Report on the cultivation of protesoma, Labbé, in grey mosquitoes
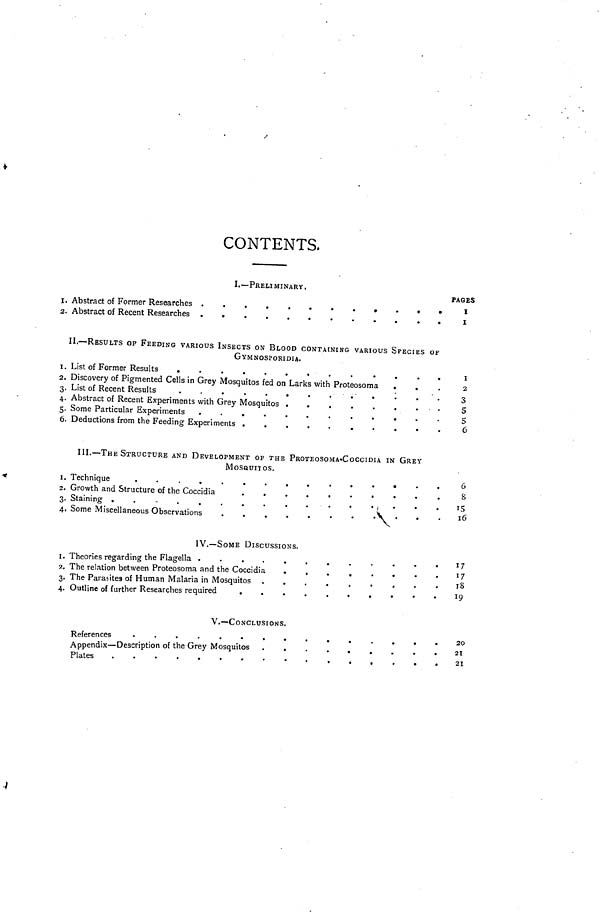
CONTENTS.
I.— PRELIMINARY.
ι. Abstract of Former Researches
..............................
2. Abstract of Recent Researches
.............................
PAGES
I
I
II. — RESULTS OF FEEDING VARIOUS INSECTS ON BLOOD CONTACNING VARIOUS SPECIES OF
GYMNOSPORIDIA.
i. List of Former Results
..........................................
2. Discovery of Pigmented Cells in Grey Mosquitos fed on Larks with Proteosoma ..........
3. List of Recent Results
...........................
4. Abstract of Recent Experiments with Grey Mosquitos
...................................
5. Some Particular Experiments
..........................................................
6. Deductions from the Feeding Experiments
..............................
I
2
3
5
5
6
III. — THE STRUCTURE AND DEVELOPMENT OF THE PROTEOSOMA-COCCIDIA IN GREY
MOSQUITOS.
ι. Technique ......................................
2. Growth and Structure of the Coccidia ...............................
3. Staining
......................
4. Some Miscellaneous Observations
...........................
6
8
15
16
IV.— SOME DISCUSSIONS.
I. Theories regarding the Flagella
2. The relation between Proteosoma and the Coccidia
3. The Parasites of Human Malaria in Mosquitos
......................
4. Outline of further Researches required
17
17
18
19
V.— CONCLUSIONS.
References
....................................
Appendix — Description of the Grey Mosquitos
Plates
..................................
20
21
21